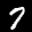
Label: 7